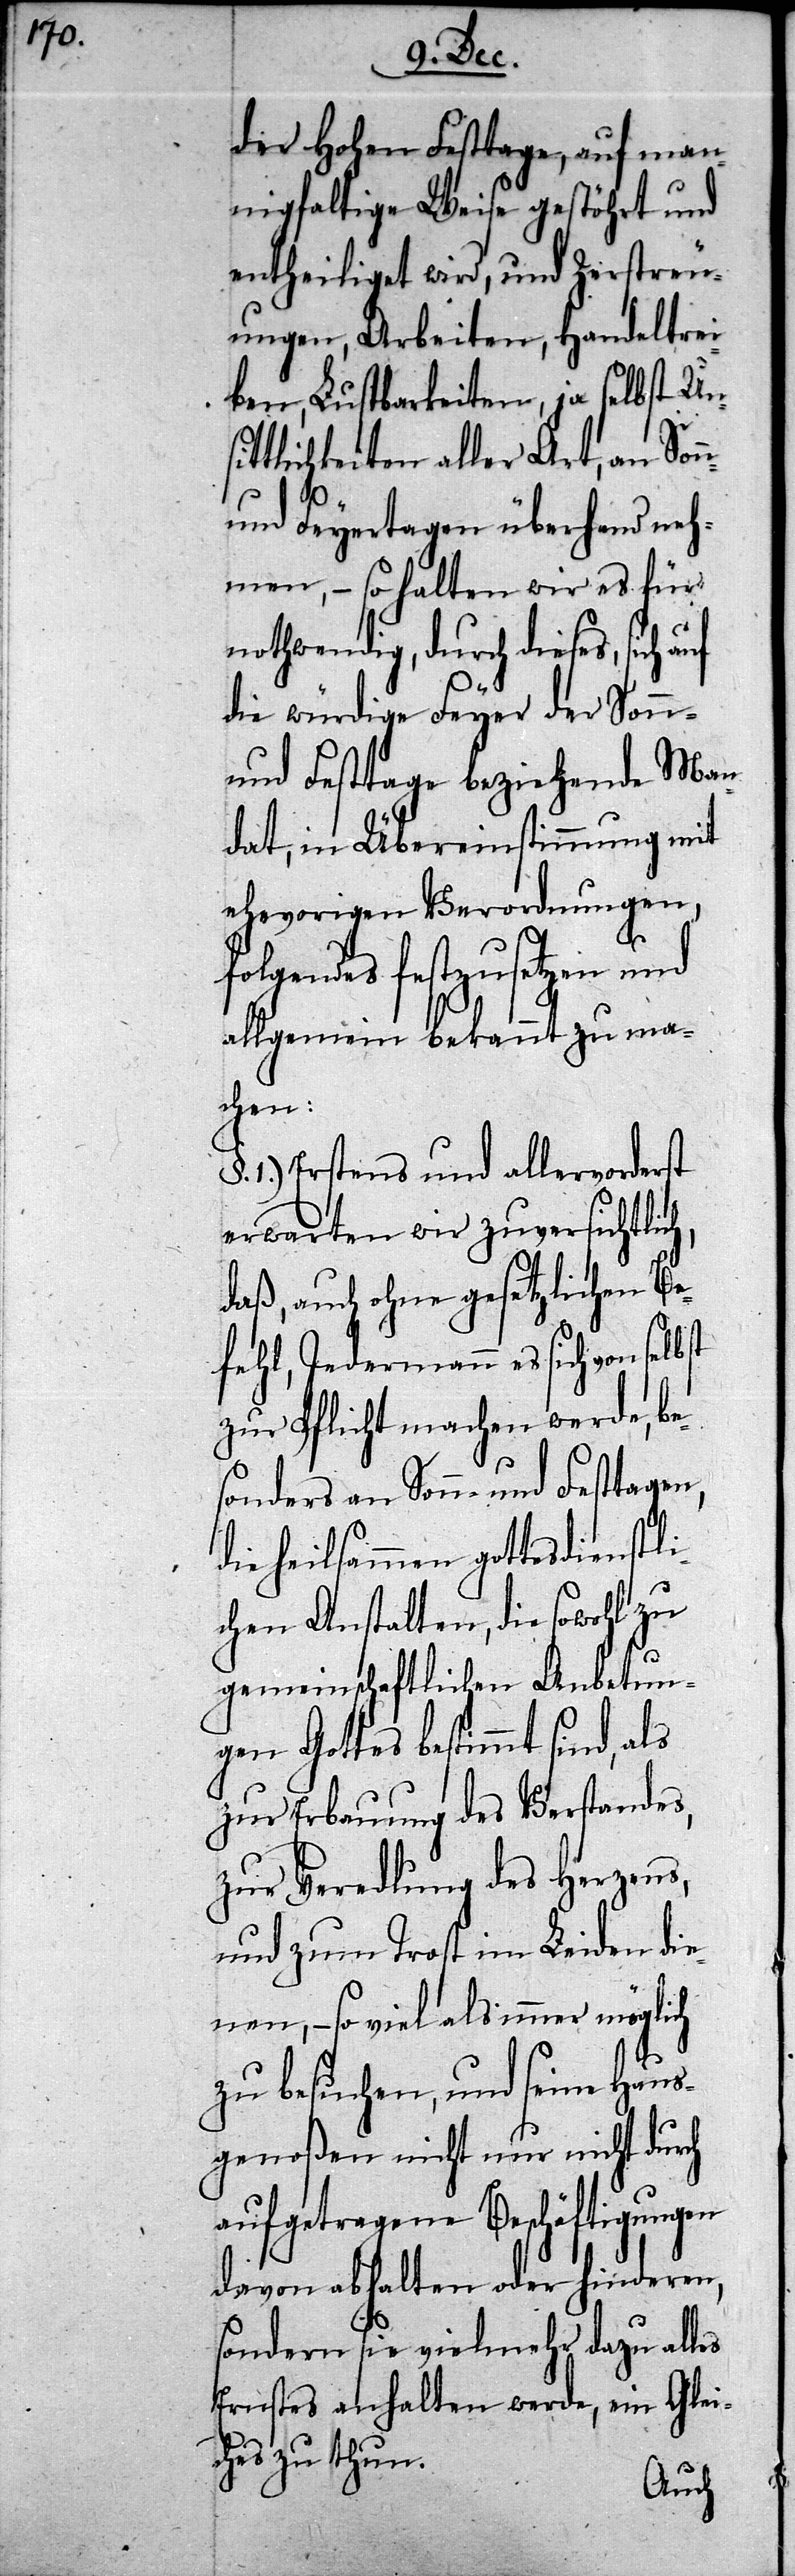
der Hohen Festtage, auf man¬
nigfaltige Weise gestöhrt und
entheiliget wird, und Zerstreu¬
ungen, Arbeiten, Handeltrei¬
ben, Lustbarkeiten, ja selbst Uns¬
ittlichkeiten aller Art, an
und Feyertagen überhand neh¬
men, – so halten wir es für
nothwendig, durch dieses, sich auf
die würdige Feyer der Sonn-
und Festtage beziehende Man¬
dat, in Übereinstimmung mit
ehevorigen Verordnungen,
folgendes festzusetzen und
allgemein bekannt zu ma¬
chen:
1.) Erstens und allervorderst
erwarten wir zuversichtlich,
daß, auch ohne gesetzlichen Be¬
fehl, Jedermann es sich von selbst
zur Pflicht machen werde, be¬
sonders an Sonn- und Festtagen,
die heilsammen gottesdienstl¬
ichen Anstalten, die sowohl zu
gemeinschaftlichen Anbetun¬
gen Gottes bestimmt sind, als
zur Erbauung des Verstandes,
zur Veredlung des Herzens,
und zum Trost im Leiden di¬
enen, – so viel als immer möglich
zu besuchen, und seine Haus¬
genoßen nicht nur nicht durch
aufgetragene Beschäftigungen
davon abhalten oder hinderen,
sondern sie vielmehr dazu alles
Ernstes anhalten werde, ein Glei¬
ches zu thun.